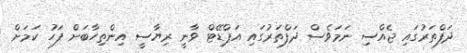
ދަފްތަރުގައި ޖެއްސި ނަމަވެސް ދަފްތަރުގައި އަޕްޑޭޓް ވާނީ ރިޔާސީ އިންތިހާބަށް ފަހު ކަމަށް